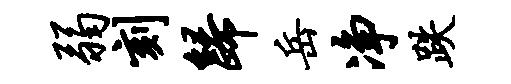
弱刻归岳净跌